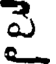
పై